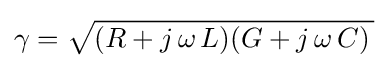
\gamma ={\sqrt {(R+j\,\omega \,L)(G+j\,\omega \,C)\,}}